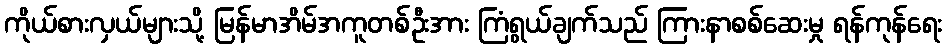
ကိုယ်စားလှယ်များသို့ မြန်မာအိမ်အကူတစ်ဦးအား ကြံရွယ်ချက်သည် ကြားနာစစ်ဆေးမှု ရန်ကုန်ရေး